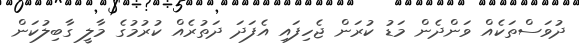
ދުވަސްތަކެއް ވަންދެން މަޑު ކުރަން ޖެހިފައި އެފަދަ ދަތުރެއް ކުރުމުގެ މާލީ ގާބިލުކަން